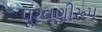
પૂરવણીરૂપ